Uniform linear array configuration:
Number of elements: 8
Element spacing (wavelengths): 0.5
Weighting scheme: cosine
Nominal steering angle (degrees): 45
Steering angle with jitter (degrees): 46.126
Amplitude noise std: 0.05
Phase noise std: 0.05

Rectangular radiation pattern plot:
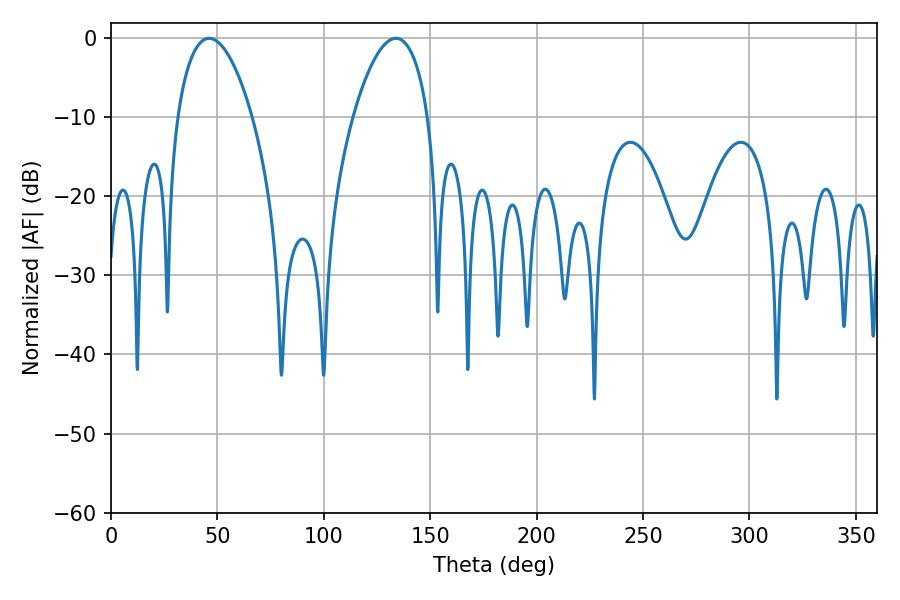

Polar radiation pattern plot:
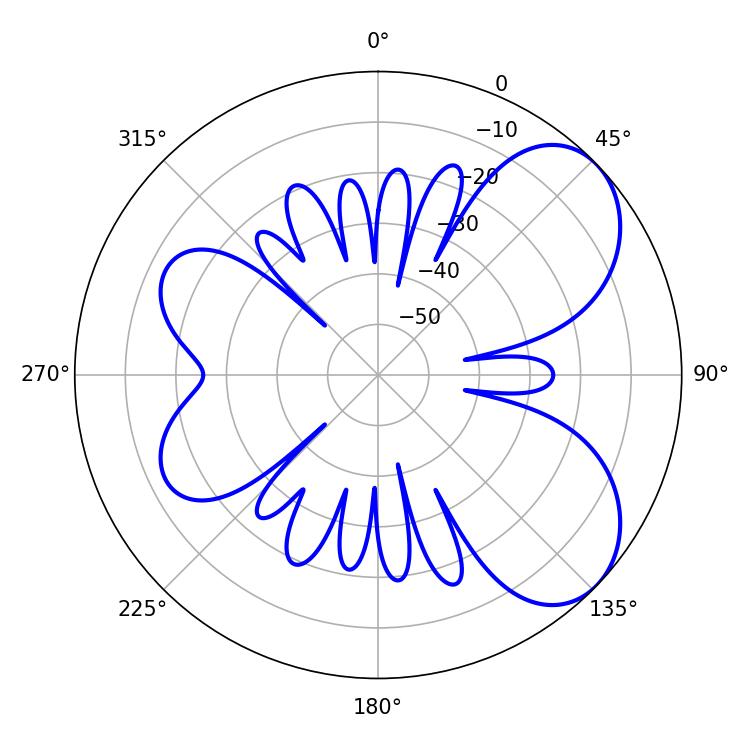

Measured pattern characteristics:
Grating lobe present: FALSE
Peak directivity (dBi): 6.008
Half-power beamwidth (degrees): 19.8
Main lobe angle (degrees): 46.08